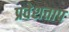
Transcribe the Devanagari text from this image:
प्रवेशताप